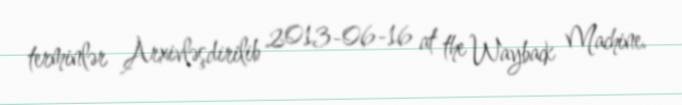
terminlər Arxivləşdirilib 2013-06-16 at the Wayback Machine.